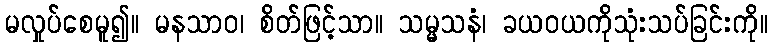
မလှုပ်စေမူ၍။ မနသာဝ၊ စိတ်ဖြင့်သာ။ သမ္မသနံ၊ ခယဝယကိုသုံးသပ်ခြင်းကို။